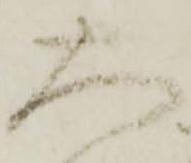
大